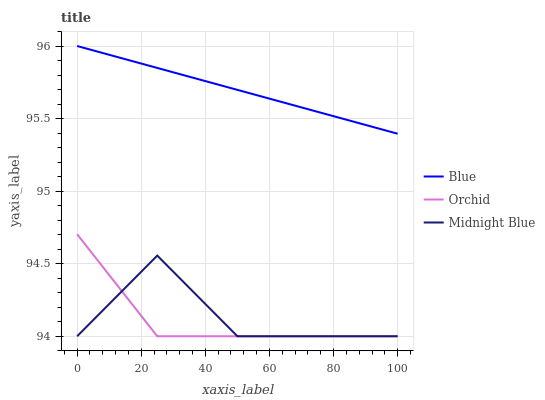
| xaxis_label | Blue | Orchid | Midnight Blue |
 | --- | --- | --- | --- |
 | 0 | 96 | 94.7 | 94 |
 | 25 | 95.8 | 94 | 94.6 |
 | 50 | 95.7 | 94 | 94 |
 | 75 | 95.5 | 94 | 94 |
 | 100 | 95.4 | 94 | 94 |